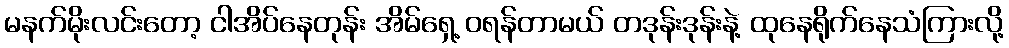
မနက်မိုးလင်းတော့ ငါအိပ်နေတုန်း အိမ်ရှေ့ ဝရန်တာမယ် တဒုန်းဒုန်းနဲ့ ထုနေရိုက်နေသံကြားလို့